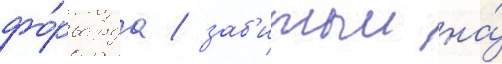
фо́рварда / заб'итыи на́